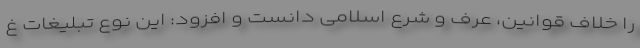
را خلاف قوانین، عرف و شرع اسلامی دانست و افزود: این نوع تبلیغات غ